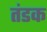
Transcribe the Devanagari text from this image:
तंडक